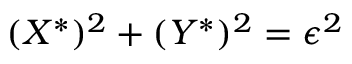
( X ^ { * } ) ^ { 2 } + ( Y ^ { * } ) ^ { 2 } = \epsilon ^ { 2 }